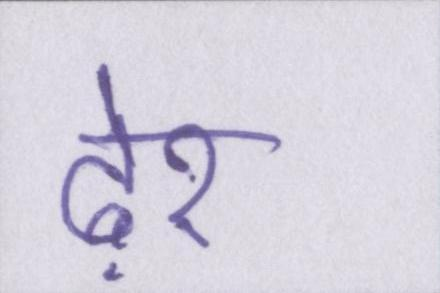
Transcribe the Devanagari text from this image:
ढ़ेर